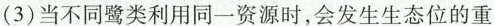
(3) 当不同鹭类利用同一资源时，会发生生态位的重